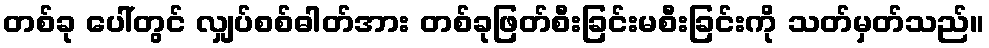
တစ်ခု ပေါ်တွင် လျှပ်စစ်ဓါတ်အား တစ်ခုဖြတ်စီးခြင်းမစီးခြင်းကို သတ်မှတ်သည်။